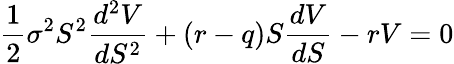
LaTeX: {\frac{1}{2}}\sigma^{2}S^{2}{\frac{d^{2}V}{dS^{2}}}+(r-q)S{\frac{dV}{dS}}-rV=0